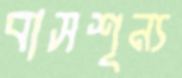
বাসশূন্য